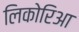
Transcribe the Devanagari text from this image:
लिकोरिआ